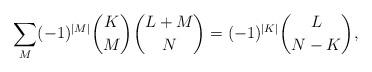
LaTeX: \begin{align*}\sum_M (-1)^{|M|}{K \choose M}{{L+M} \choose {N}}=(-1)^{|K|}{{L} \choose{N-K}},\end{align*}